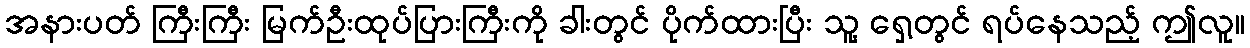
အနားပတ် ကြီးကြီး မြက်ဦးထုပ်ပြားကြီးကို ခါးတွင် ပိုက်ထားပြီး သူ့ ရှေ့တွင် ရပ်နေသည့် ဤလူ။